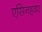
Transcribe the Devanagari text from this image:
एसिनहवर